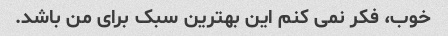
خوب، فکر نمی کنم این بهترین سبک برای من باشد.